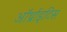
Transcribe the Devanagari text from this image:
ऑर्थ्राइटिस